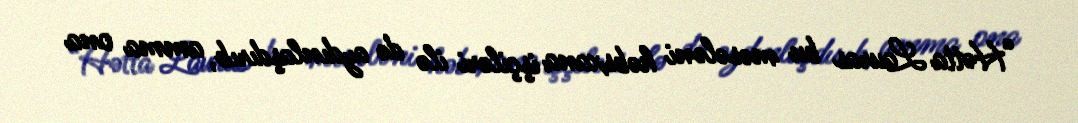
“Hətta Lauras bu məsələni həbsxana işçiləri ilə də aydınlaşdırıb, amma ona